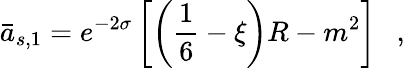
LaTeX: \bar{a}_{s,1}=e^{-2\sigma}\left[\left(\frac 16-\xi\right)R-m^{2}\right]~~~,